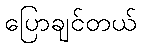
ပြောချင်တယ်